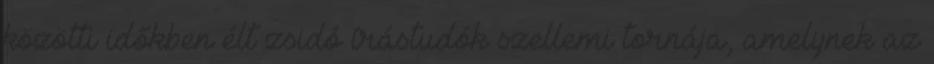
közötti időkben élt zsidó írástudók szellemi tornája, amelynek az